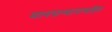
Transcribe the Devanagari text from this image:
मानसन्मानासहित